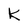
Character: K